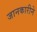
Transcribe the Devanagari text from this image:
जानकारीने